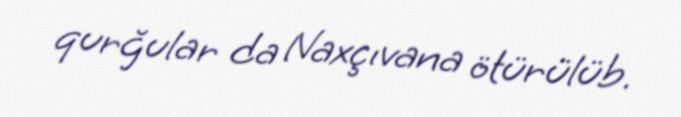
qurğular da Naxçıvana ötürülüb.